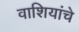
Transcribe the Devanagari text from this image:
वाशियांचे